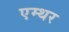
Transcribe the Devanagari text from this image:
एम्थर